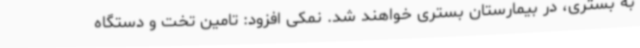
به بستری، در بیمارستان بستری خواهند شد. نمکی افزود: تامین تخت و دستگاه